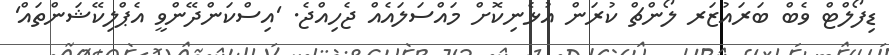
ޑިފޯލްޓް ވެބް ބަރައުޒަރ ލޯންޗް ކުރަން އުޅެނިކޮށް މައްސަލައެއް ޖެހިއްޖެ. 'އިސްކަންދޭންވީ އެޕްލިކޭޝަންތައް'